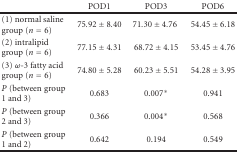
<table><thead><tr><td></td><td><b>POD1</b></td><td><b>POD3</b></td><td><b>POD6</b></td></tr></thead><tbody><tr><td>(1) normal saline group (<i>n</i> = 6)</td><td>75.92 ± 8.40</td><td>71.30 ± 4.76</td><td>54.45 ± 6.18</td></tr><tr><td>(2) intralipid group (<i>n</i> = 6)</td><td>77.15 ± 4.31</td><td>68.72 ± 4.15</td><td>53.45 ± 4.76</td></tr><tr><td>(3) <i>ω</i>-3 fatty acid group (<i>n</i> = 6)</td><td>74.80 ± 5.28</td><td>60.23 ± 5.51</td><td>54.28 ± 3.95</td></tr><tr><td><i>P</i> (between group 1 and 3)</td><td>0.683</td><td>0.007*</td><td>0.941</td></tr><tr><td><i>P</i> (between group 2 and 3)</td><td>0.366</td><td>0.004*</td><td>0.568</td></tr><tr><td><i>P</i> (between group 1 and 2)</td><td>0.642</td><td>0.194</td><td>0.549</td></tr></tbody></table>